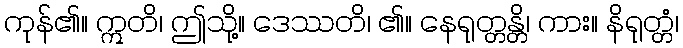
ကုန်၏။ ဣတိ၊ ဤသို့။ ဒေဿတိ၊ ၏။ နေရုတ္တန္တိ၊ ကား။ နိရုတ္တံ၊